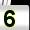
Digit: 5